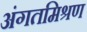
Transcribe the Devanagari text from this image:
अंगतमिश्रण